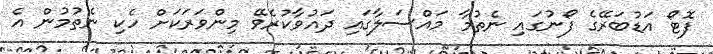
ފޮޓޯ އަޑުބަރޭގެ ފޯނުގައި ނެތުމާ މައްސަލާގައި ދައުވާކުރެވޭ މިންވަރަކަށް ހެކި ނެތުމުން އެ